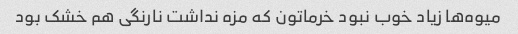
میوه‌ها زیاد خوب نبود خرماتون که مزه نداشت نارنگی هم خشک بود